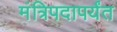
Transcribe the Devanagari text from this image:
मंत्रिपदापर्यंत